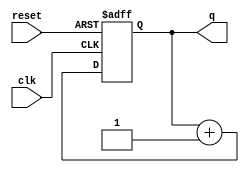
module counter_2bit(clk, reset, q);

       input clk, reset;
       output[1:0] q;

       reg[1:0] q;

       always @(posedge clk or posedge reset)
       begin
		if(reset) q <= 2'b00;
		else q <= q + 2'b01;
	end
endmodule